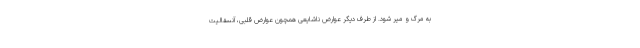
به مرگ و میر شود. از طرف دیگر عوارض ناشایعی همچون عوارض قلبی، آنسفالیت